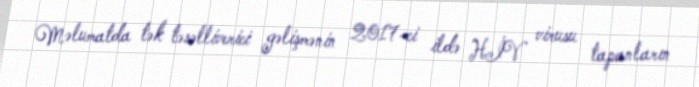
Məlumatda tək təsəlliverici gəlişmənin 2017-ci ildə HİV virusu tapanların